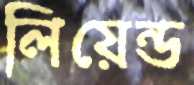
লিয়েন্ড